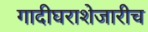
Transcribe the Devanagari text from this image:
गादीघराशेजारीच